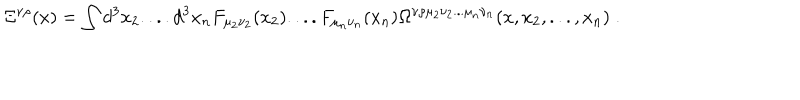
LaTeX: \Xi ^ { \nu \rho } ( x ) = \int d ^ { 3 } x _ { 2 } . . . . d ^ { 3 } x _ { n } F _ { \mu _ { 2 } \nu _ { 2 } } ( x _ { 2 } ) . . . . F _ { \mu _ { n } \nu _ { n } } ( x _ { n } ) \Omega ^ { \nu \rho \mu _ { 2 } \nu _ { 2 } . . . \mu _ { n } \nu _ { n } } ( x , x _ { 2 } , . . . , x _ { n } ) \; .